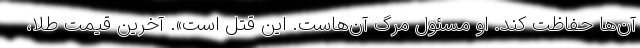
آن‌ها حفاظت کند. او مسئول مرگ آن‌هاست. این قتل است». آخرین قیمت طلا،